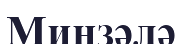
Минзәлә